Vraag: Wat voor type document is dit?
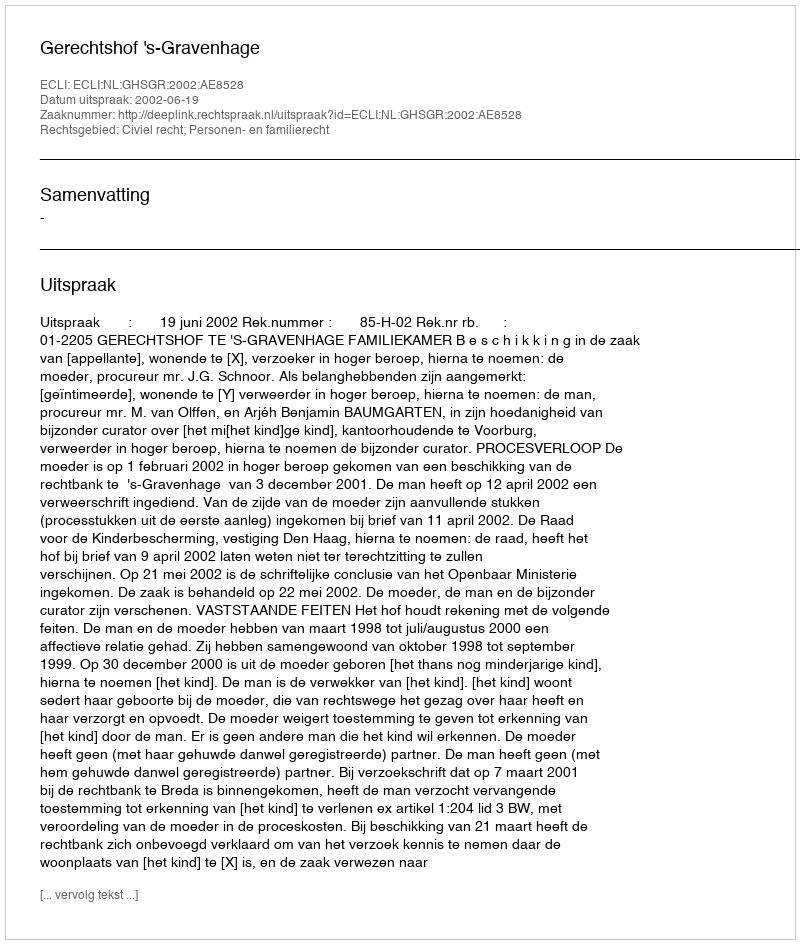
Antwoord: Uitspraak